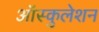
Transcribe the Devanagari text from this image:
ऑस्कुलेशन